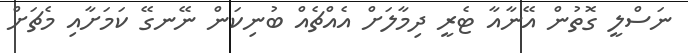
ނަސްލީ ގޮތުން އޭނާއާ ޓެރީ ދިމާލަށް އެއްޗެއް ބުނިކަން ނޭނގޭ ކަމަށާއި މެޗަށް